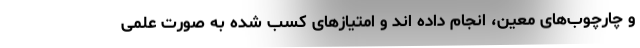
و چارچوب‌های معین، انجام داده اند و امتیازهای کسب شده به صورت علمی